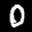
Label: 0